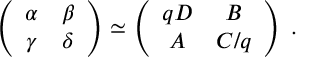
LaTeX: \left( \begin{array} { c c } { { \alpha } } & { { \beta } } \\ { { \gamma } } & { { \delta } } \end{array} \right) \simeq \left( \begin{array} { c c } { { q D } } & { { B } } \\ { { A } } & { { C / q } } \end{array} \right) \; .